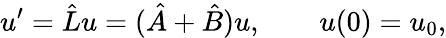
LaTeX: u^{\prime}=\hat{L}u=(\hat{A}+\hat{B})u,\qquad u(0)=u_{0},